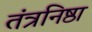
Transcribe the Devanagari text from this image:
तंत्रनिष्ठा